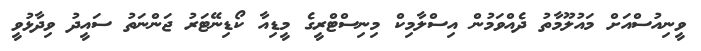
ވީނިއުސްއަށް މައުލޫމާތު ދެއްވަމުން އިސްލާމިކް މިނިސްޓްރީގެ މީޑިއާ ކޯޑިނޭޓަރު ޖަންނަތު ސައީދު ވިދާޅުވީ